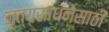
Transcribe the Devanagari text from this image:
नृत्यसाधनेसाठी